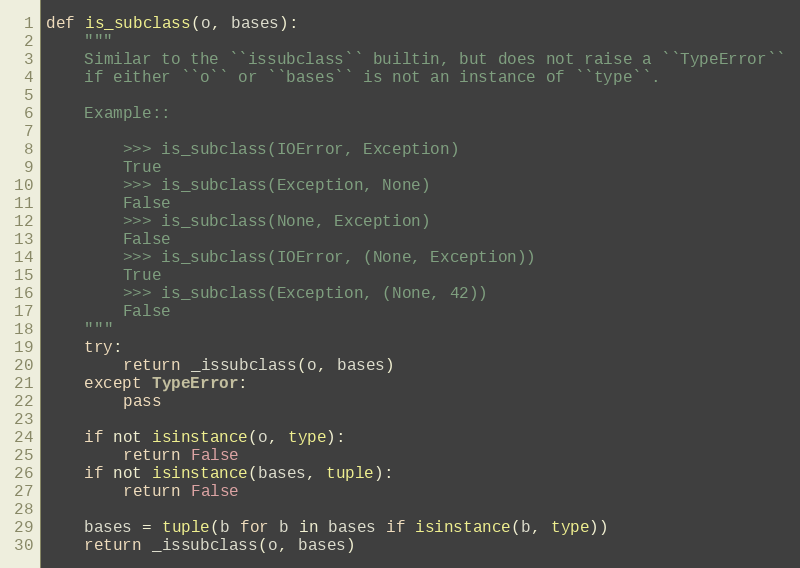
Language: Python
def is_subclass(o, bases):
    """
    Similar to the ``issubclass`` builtin, but does not raise a ``TypeError``
    if either ``o`` or ``bases`` is not an instance of ``type``.

    Example::

        >>> is_subclass(IOError, Exception)
        True
        >>> is_subclass(Exception, None)
        False
        >>> is_subclass(None, Exception)
        False
        >>> is_subclass(IOError, (None, Exception))
        True
        >>> is_subclass(Exception, (None, 42))
        False
    """
    try:
        return _issubclass(o, bases)
    except TypeError:
        pass

    if not isinstance(o, type):
        return False
    if not isinstance(bases, tuple):
        return False

    bases = tuple(b for b in bases if isinstance(b, type))
    return _issubclass(o, bases)